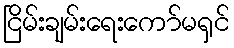
ငြိမ်းချမ်းရေးကော်မရှင်